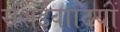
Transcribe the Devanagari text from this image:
संशईवादियों